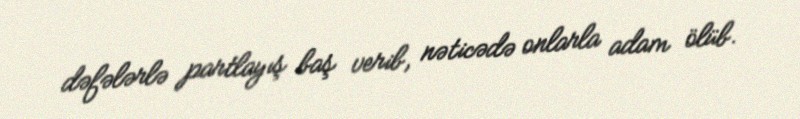
dəfələrlə partlayış baş verib, nəticədə onlarla adam ölüb.